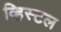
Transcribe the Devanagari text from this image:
व्हिस्टल